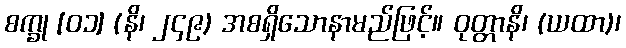
စက္ခု [၀၁] (နိ၊ ၂၄၉) အစရှိသောနာမည်ဖြင့်။ ဝုတ္တာနိ၊ (ယထာ)၊